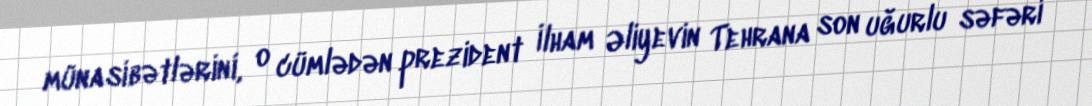
münasibətlərini, o cümlədən prezident İlham Əliyevin Tehrana son uğurlu səfəri